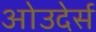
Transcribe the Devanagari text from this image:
ओउदेर्स